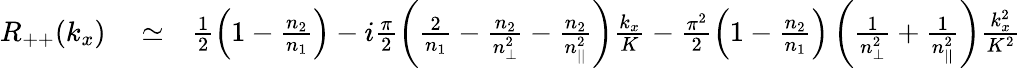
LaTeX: \begin{array}{rlr}{R_{++}(k_{x})}&{{}\simeq}&{\frac{1}{2}\left(1-\frac{n_{2}}{n_{1}}\right)-i\frac{\pi}{2}\left(\frac{2}{n_{1}}-\frac{n_{2}}{n_{\perp}^{2}}-\frac{n_{2}}{n_{||}^{2}}\right)\frac{k_{x}}{K}-\frac{\pi^{2}}{2}\left(1-\frac{n_{2}}{n_{1}}\right)\left(\frac{1}{n_{\perp}^{2}}+\frac{1}{n_{||}^{2}}\right)\frac{k_{x}^{2}}{K^{2}}}\end{array}